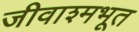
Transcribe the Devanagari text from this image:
जीवाश्मभूत